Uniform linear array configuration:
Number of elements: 48
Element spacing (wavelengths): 0.75
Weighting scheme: kaiser
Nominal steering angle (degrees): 0
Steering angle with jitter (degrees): -0.2396
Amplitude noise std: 0.05
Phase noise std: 0.05

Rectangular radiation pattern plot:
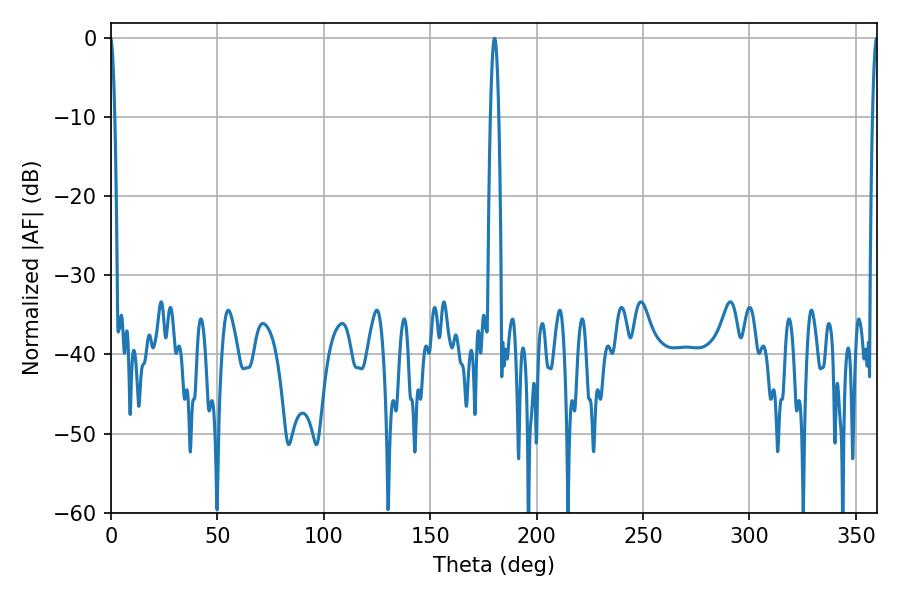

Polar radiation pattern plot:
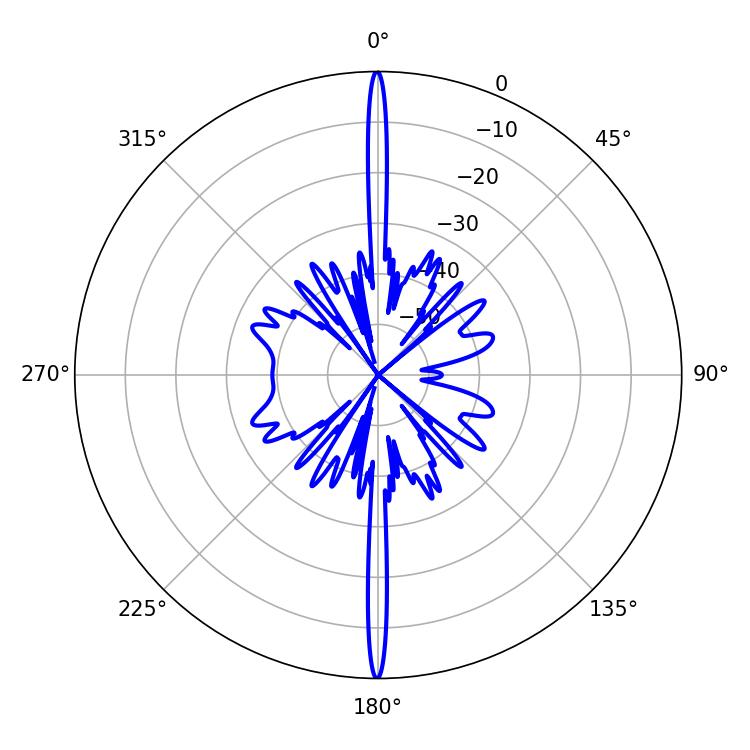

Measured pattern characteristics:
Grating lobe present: TRUE
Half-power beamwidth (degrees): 2.16
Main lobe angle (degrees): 180.18